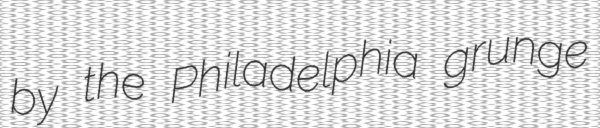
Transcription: by the Philadelphia grunge